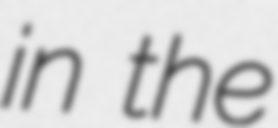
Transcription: in the